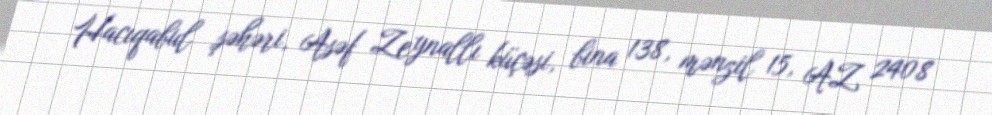
Hacıqabul şəhəri, Asəf Zeynallı küçəsi, bina 138, mənzil 15, AZ 2408